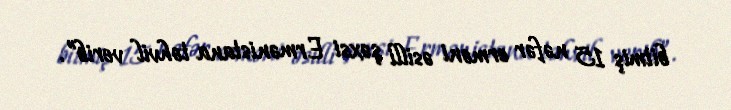
bitmiş 15 nəfər erməni əsilli şəxsi Ermənistana təhvil verib”.